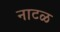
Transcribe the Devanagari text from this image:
नाटळ